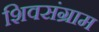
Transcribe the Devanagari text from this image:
शिवसंग्राम